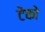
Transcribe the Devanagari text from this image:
टेंको